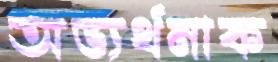
অভ্যর্থনাক